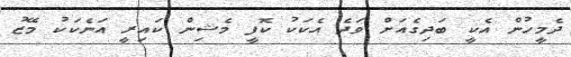
ދެމީހުން އެކީ ބަދިގެއަށް ވަދެ އެކަކު ކޮފީ މެޝިން ކައިރީ އަނެކަކު މޭޒު